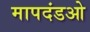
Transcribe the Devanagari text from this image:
मापदंडओ